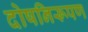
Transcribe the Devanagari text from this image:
दोषनिरूपण